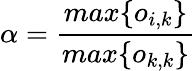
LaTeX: \alpha=\frac{max\{ o_{i,k}\} }{max\{ o_{k,k}\} }